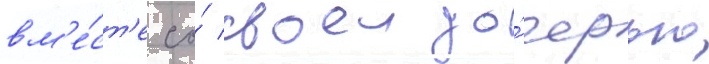
вм'е́ст'е со́ своеи до́черью